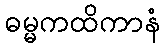
ဓမ္မကထိကာနံ